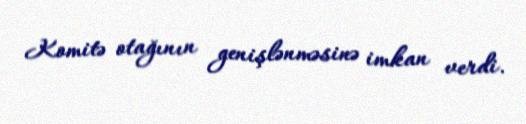
Komitə otağının genişlənməsinə imkan verdi.